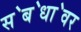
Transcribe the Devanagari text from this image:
स॓ब॓धा॓वर